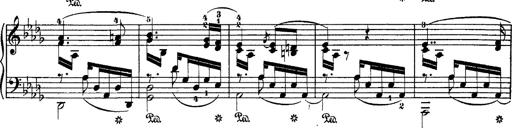
Title: Hungarian Rhapsody No.1
Composer: Franz Liszt
Key: C-sharp minor